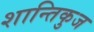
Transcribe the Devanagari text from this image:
शान्तिकुज